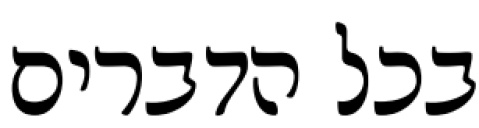
בכל הדברים